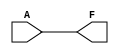
module KMapCombinationalLogic (
    input wire A,       // Single variable input
    output wire F       // Output based on K-map logic
);

// Define the logic function based on the K-map filling
// Uncomment the desired logic function by commenting out the others

// Example 1: F = 0 (Constant Zero)
// assign F = 1'b0;

// Example 2: F = 1 (Constant One)
// assign F = 1'b1;

// Example 3: F = A (Identity function)
assign F = A;

// Example 4: F = NOT A (Inverted function)
// assign F = ~A;

endmodule